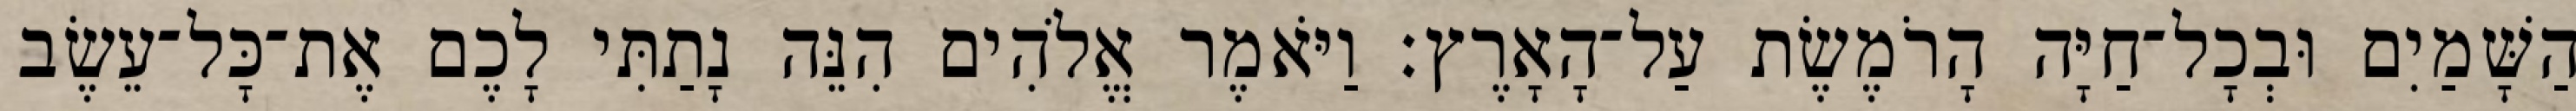
הַשָּׁמַיִם וּבְכָל־חַיָּה הָרֹמֶשֶׂת עַל־הָאָרֶץ׃ וַיֹּאמֶר אֱלֹהִים הִנֵּה נָתַתִּי לָכֶם אֶת־כָּל־עֵשֶׂב